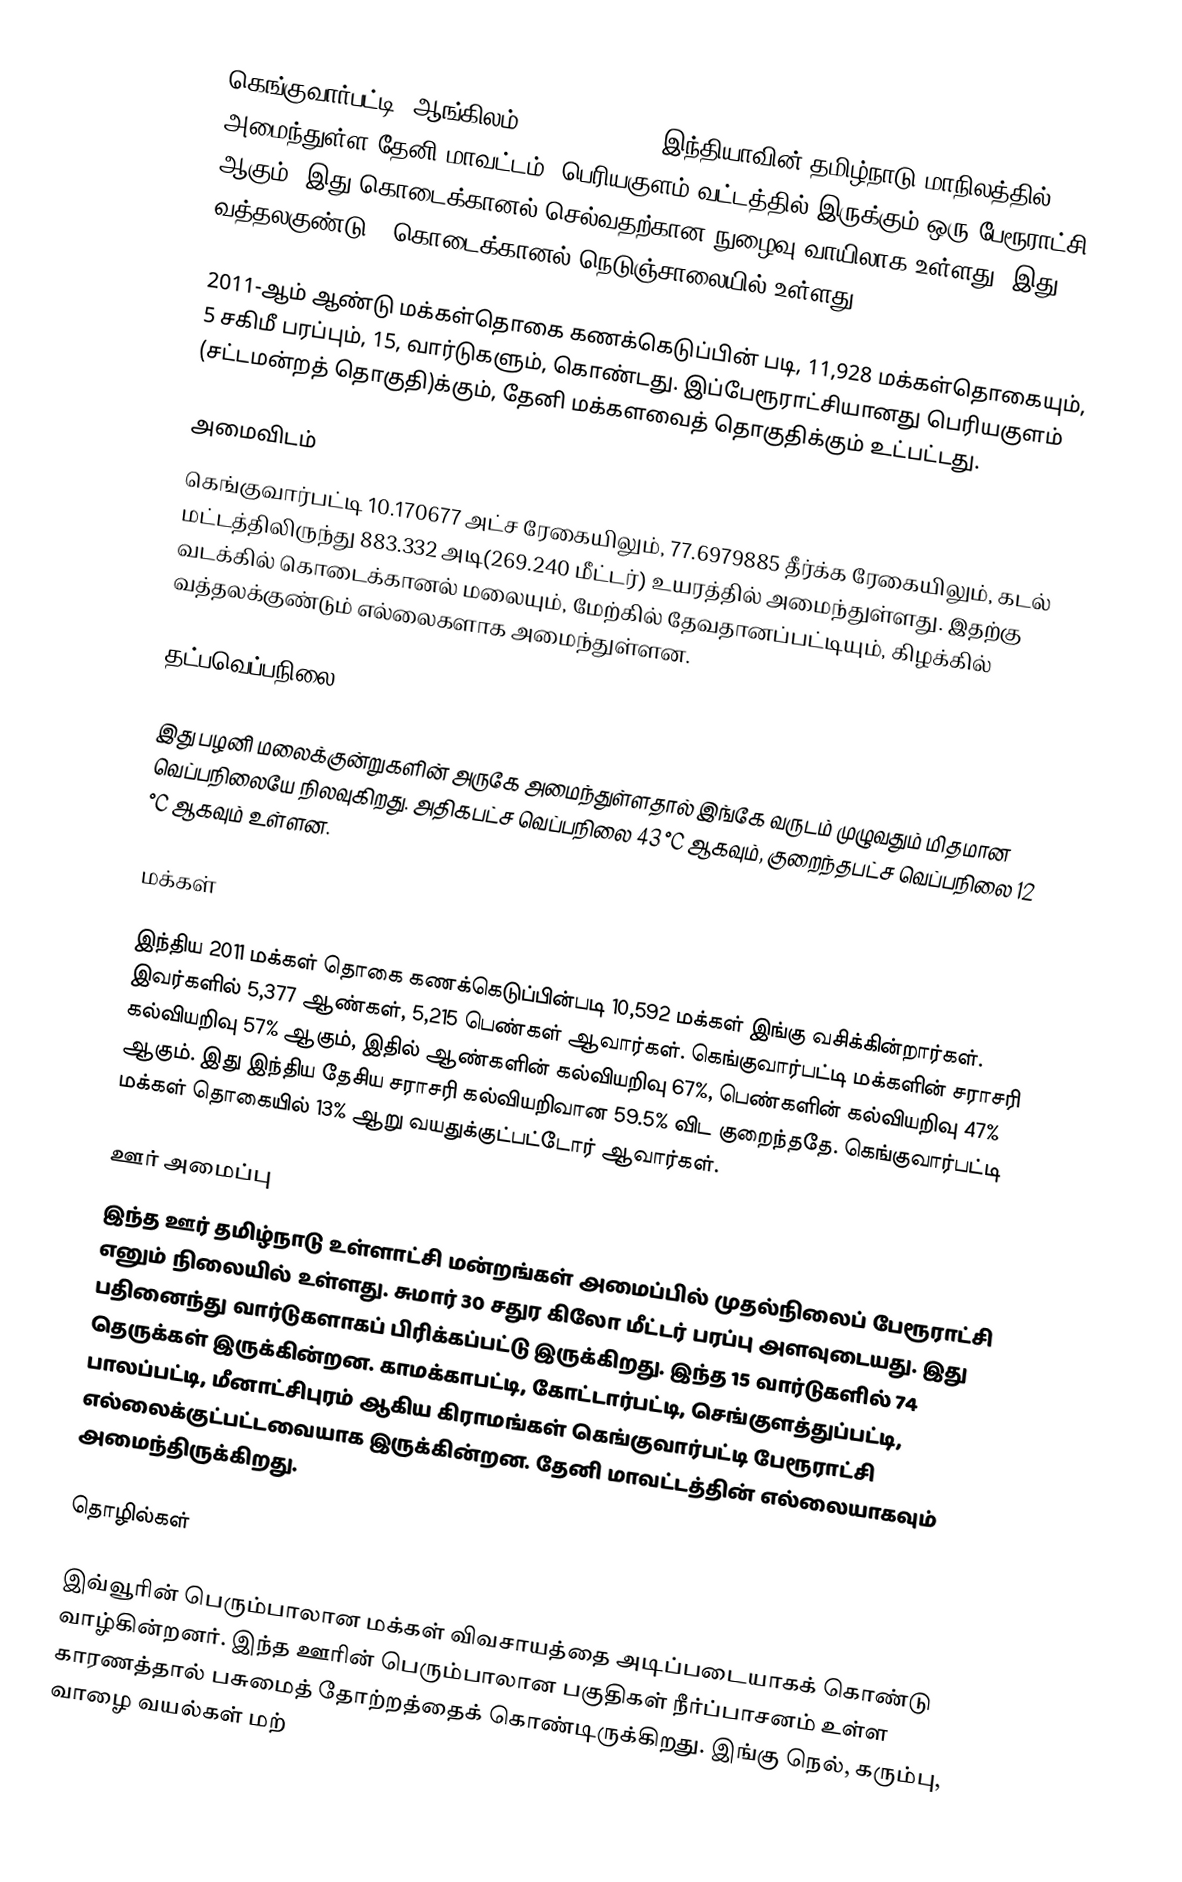
கெங்குவார்பட்டி (ஆங்கிலம்:Genguvarpatti) இந்தியாவின் தமிழ்நாடு மாநிலத்தில் அமைந்துள்ள தேனி மாவட்டம், பெரியகுளம் வட்டத்தில் இருக்கும் ஒரு பேரூராட்சி ஆகும். இது கொடைக்கானல் செல்வதற்கான நுழைவு வாயிலாக உள்ளது. இது வத்தலகுண்டு - கொடைக்கானல் நெடுஞ்சாலையில் உள்ளது.

2011-ஆம் ஆண்டு மக்கள்தொகை கணக்கெடுப்பின்  படி,    11,928 மக்கள்தொகையும், 5 சகிமீ பரப்பும்,  15,    வார்டுகளும்,  கொண்டது. இப்பேரூராட்சியானது பெரியகுளம் (சட்டமன்றத் தொகுதி)க்கும், தேனி மக்களவைத் தொகுதிக்கும் உட்பட்டது.

அமைவிடம்
கெங்குவார்பட்டி 10.170677 அட்ச ரேகையிலும், 77.6979885 தீர்க்க ரேகையிலும், கடல் மட்டத்திலிருந்து 883.332 அடி(269.240 மீட்டர்) உயரத்தில் அமைந்துள்ளது. இதற்கு வடக்கில் கொடைக்கானல் மலையும், மேற்கில் தேவதானப்பட்டியும், கிழக்கில் வத்தலக்குண்டும் எல்லைகளாக அமைந்துள்ளன.

தட்பவெப்பநிலை

இது பழனி மலைக்குன்றுகளின் அருகே அமைந்துள்ளதால் இங்கே வருடம் முழுவதும் மிதமான வெப்பநிலையே நிலவுகிறது. அதிகபட்ச வெப்பநிலை 43 °C ஆகவும், குறைந்தபட்ச வெப்பநிலை 12 °C ஆகவும் உள்ளன.

மக்கள்

இந்திய 2011 மக்கள் தொகை கணக்கெடுப்பின்படி 10,592 மக்கள் இங்கு வசிக்கின்றார்கள். இவர்களில் 5,377 ஆண்கள், 5,215 பெண்கள் ஆவார்கள். கெங்குவார்பட்டி மக்களின் சராசரி கல்வியறிவு 57% ஆகும், இதில் ஆண்களின் கல்வியறிவு 67%, பெண்களின் கல்வியறிவு 47% ஆகும். இது இந்திய தேசிய சராசரி கல்வியறிவான 59.5% விட குறைந்ததே. கெங்குவார்பட்டி மக்கள் தொகையில் 13% ஆறு வயதுக்குட்பட்டோர் ஆவார்கள்.

ஊர் அமைப்பு
இந்த ஊர் தமிழ்நாடு உள்ளாட்சி மன்றங்கள் அமைப்பில் முதல்நிலைப் பேரூராட்சி எனும் நிலையில் உள்ளது. சுமார் 30 சதுர கிலோ மீட்டர் பரப்பு அளவுடையது. இது பதினைந்து வார்டுகளாகப் பிரிக்கப்பட்டு இருக்கிறது. இந்த 15 வார்டுகளில் 74 தெருக்கள் இருக்கின்றன. காமக்காபட்டி, கோட்டார்பட்டி, செங்குளத்துப்பட்டி, பாலப்பட்டி, மீனாட்சிபுரம் ஆகிய கிராமங்கள் கெங்குவார்பட்டி பேரூராட்சி எல்லைக்குட்பட்டவையாக இருக்கின்றன. தேனி மாவட்டத்தின் எல்லையாகவும் அமைந்திருக்கிறது.

தொழில்கள்

இவ்வூரின் பெரும்பாலான மக்கள் விவசாயத்தை அடிப்படையாகக் கொண்டு வாழ்கின்றனர். இந்த ஊரின் பெரும்பாலான பகுதிகள் நீர்ப்பாசனம் உள்ள காரணத்தால் பசுமைத் தோற்றத்தைக் கொண்டிருக்கிறது. இங்கு நெல், கரும்பு, வாழை வயல்கள் மற்